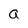
Character: a